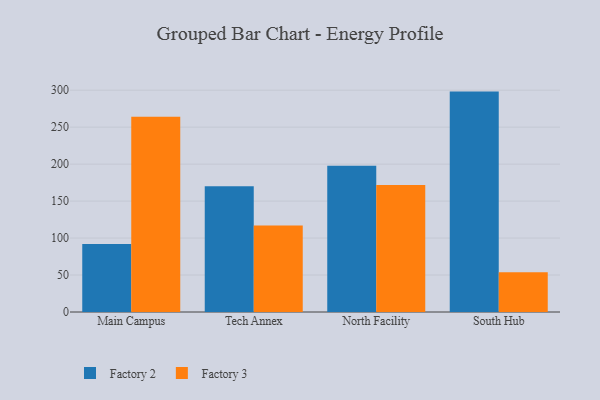
{"axis": {"x": "Campus", "y": "Budget (USD K)"}, "legend": ["Factory 2", "Factory 3"], "data": [{"x": "Main Campus", "y": 92.0, "type": "Factory 2"}, {"x": "Main Campus", "y": 264.1, "type": "Factory 3"}, {"x": "Tech Annex", "y": 170.2, "type": "Factory 2"}, {"x": "Tech Annex", "y": 116.9, "type": "Factory 3"}, {"x": "North Facility", "y": 197.9, "type": "Factory 2"}, {"x": "North Facility", "y": 171.9, "type": "Factory 3"}, {"x": "South Hub", "y": 298.1, "type": "Factory 2"}, {"x": "South Hub", "y": 53.8, "type": "Factory 3"}]}